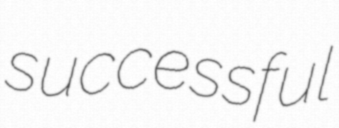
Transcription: successful